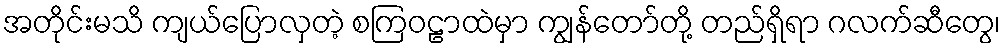
အတိုင်းမသိ ကျယ်ပြောလှတဲ့ စကြဝဠာထဲမှာ ကျွန်တော်တို့ တည်ရှိရာ ဂလက်ဆီတွေ၊